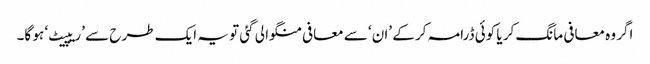
اگر وہ معافی مانگ کر یا کوئی ڈرامہ کر کے ’ان‘ سے معافی منگوا لی گئی تو یہ ایک طرح سے ’ریپیٹ‘ ہو گا۔